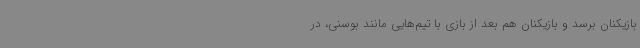
بازیکنان برسد و بازیکنان هم بعد از بازی با تیم‌هایی مانند بوسنی، در